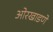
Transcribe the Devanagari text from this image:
ओरखाडणे